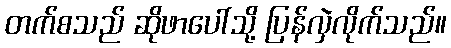
တက်စသည် ဆိုဖာပေါ်သို့ ပြန်လှဲလိုက်သည်။